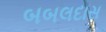
બબલદાસ